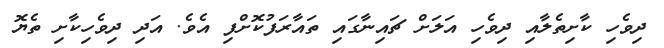
ދިވެހި ކާށިތެލާއި ދިވެހި އަލަށް ޗައިނާގައި ތައާރަފުކޮށްފި އެވެ. އަދި ދިވެހިކާށި ތެޔޮ